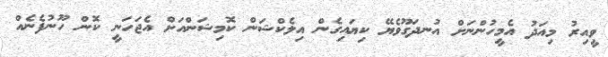
ވީއިރު މިއަދު އެމީހުންނަށް އުނދަގޫވެޔޭ ކިޔައިގެން އިލެކްޝަން ކޮމިޝަންއަށް އެޖަހަނީ ކޮން ހޫނުފެނެއް